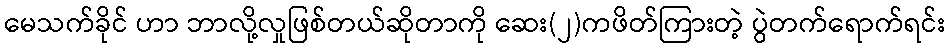
မေသက်ခိုင် ဟာ ဘာလို့လှုဖြစ်တယ်ဆိုတာကို ဆေး(၂)ကဖိတ်ကြားတဲ့ ပွဲတက်ရောက်ရင်း